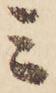
ミ